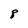
Character: 8